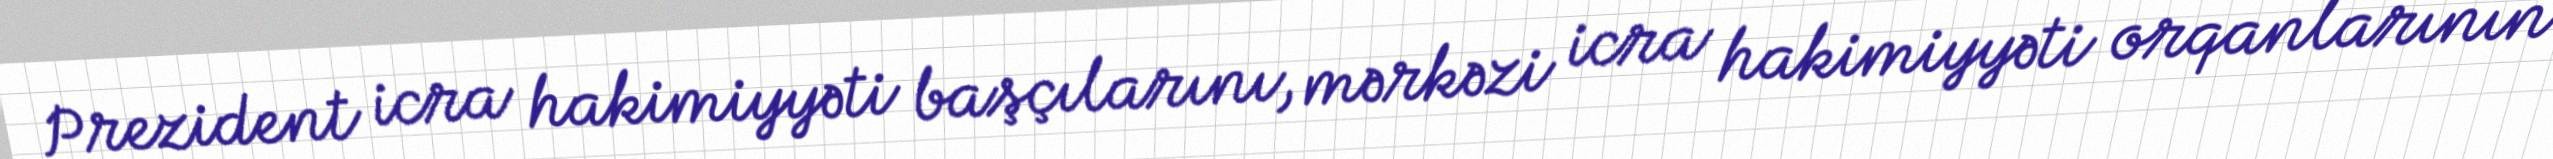
Prezident icra hakimiyyəti başçılarını, mərkəzi icra hakimiyyəti orqanlarının